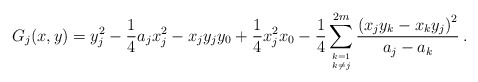
\begin{align*}G_j(x,y) = y_j^2 - {1\over 4} a_j x_j^2 - x_j y_j y_0 +{1\over 4} x_j^2 x_0-{1\over 4}\sum_{k=1\atop k\neq j}^{2m}{\left(x_j y_k - x_k y_j\right)^2\over a_j - a_k} \> .\end{align*}